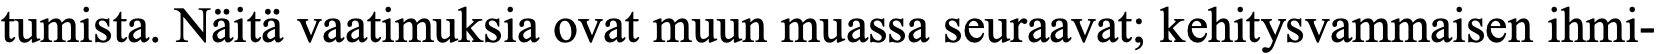
tumista. Näitä vaatimuksia ovat muun muassa seuraavat; kehitysvammaisen ihmi-